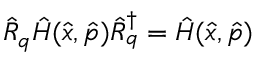
\hat { R } _ { q } \hat { H } ( \hat { x } , \hat { p } ) \hat { R } _ { q } ^ { \dagger } = \hat { H } ( \hat { x } , \hat { p } )